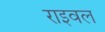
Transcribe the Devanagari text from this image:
राइवल